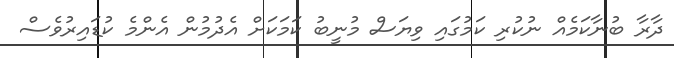
ދާރާ ބުނާކަމެއް ނުކުރި ކަމުގައި ވިޔަސް މުނީބު ކަމަކަށް އެދުމުން އެންމެ ކުޑައިރުވެސް